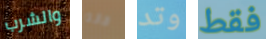
والشرب فانه وتد فقط